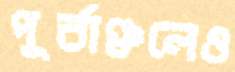
পূর্বাঞ্চলেও